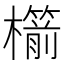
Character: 櫤